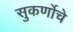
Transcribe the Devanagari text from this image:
सुकर्णोचे